Medical and sanitary report of the native army of Bengal for the year
Year: 1878
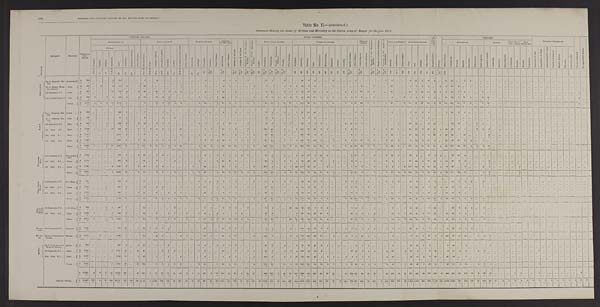
MEDICAL AND SANITARY REPORT OT THE NATIVE ARMY OF BENGAL.
Table No. II.— (continued.)
Statement showing the causes of Sickness and Mortality in the Native Army of Bengal for the year 1878.
D I V I S I O N
REGMENT.
STATIONS.
Admissions
f i n d
Deaths.
GENERAL DISEASES.
LOCAL DISEASES.
C O N D I -
T I O N S , & C .
P o i s o n s .
I N J U R I E S .
SURGICAL OPERATIONS.
N o t y e t d i a g n o s e d .
N o a p p r e c i a b l e d i s e a s e .
SUB-DIVISION A.
SUB-DIVISION B.
NERVOUS SYSTEM.
DISEASES
OF THE EYE.
D i s e a s e s o f t h e E a r .
D i s e a s e s o f t h e N o s e .
D i s e a s e s o f t h e C i r c u l a t o r y
S y s t e m . D i s e a s e s o f t h e A b s o r b e n t
Syst em.
RESPIRUTORYS Y S T E M .
DIGESTIVE SYSTEM.
URINARY
SYSTEM.
D i s e a s e s o f t h e G e n e r a t i v eS
y s t e m .
D i s e a s e s o f t h e M a l e M a m m i l i a D i s e a s e s o f t h e o r g a n s o f
L o c o mo t i o n .
CELLULAR T R S S U E .
CUTANEOUS SYSTEM.
ACCIDENTAL.
BATTLE.
J U D I - C I A L .
H O M I -
CIDAL.
S E L F -
INFLICTED
F E V E R S .
M a l i g n a n t C h o l e r a .
O t h e r D i s e a s e s .
R h e u m a t i s m s .
G o u t .
P r i m a r y S y p h i l i s .
S e c o n d a r y S y p h i l i s .
S c r o f u l a .
S c u r v y .
A n æ m i a , G e n e r a l D r o p s y
O t h e r D i s e a s e s .
S u n s t r o k e .
E p i l e p s y .
N e u r a l g i a .
I n s a n i t y .
O t h e r D i s e a s e s .
O p h t h a l m i a .
O t h e r D i s e a s e s .
G o i t r e .
B r o n c h i t i s .
P n e u m o n i a .
C h r o n i c P n e u m o n i a ,
P h t h i s i s .
P l e u r i s y
O t h e r D i s e a s e s .
D y s p e p s i a .
D y s e n t e r y .
D i a r r h œ a .
C o l i c .
C o n s t i p a t i o n .
H æ m o r r h o i d e s .
H e p a t i t i s .
A b s c e s s .
J a u n d i c e .
S p l e e n D i s e a s e s .
O t h e r D i s e a s e s .
G o n o r r h æ a , & c .
O t h e r D i s e a s e s .
A b s c e s s .
G u i n e a w o r m . O t h e r D i s e a s e s .
U l c e r .
B o i l .
Scabi es.
O t h e r D i s e a s e s .
G e n e r a l D e b i l i t y .
B l i s t e r o f F e e t . Co n t u s i o n s .
W o u n d s .
S p r a i n s .
F r a c t u r e s .
D i s l o c a t i o n s .
Ot h e r I Nj u r i e s . G u n s h o t w o u n d s .
C o n t u s i o n s .
F r a c t u r e s . Ot h e r I n j u r i e s . Co n t u s i o n s . Wounds . Wo u n d s . . Co n t u s i o n s .
E x t r a c t i o n s o f b a l l .
A m p u t a t i o n o f t h i g h . A m p u t a t i o n o f t h e f i n g e r R e m o v a l o f t u m o u r .
H e p a t i c a b s c e s s .
P h y mo s i s .
C y s t o f e y e - l i d .
E r u p t i v e .
T y p h u s .
E n t e r i c .
C o n t i n u e d .
A g u e .
R e m i t t e n t .
1 t o 5
7
9
1 1 & 1 2
1 5
1 6
1 8
3 4 t o 3 8
3 9 & 4 0
4 3 a
4 3 b
4 9 - 1
5 4
5 5 & 5 7
6 6
9 3 1 0 1
1 0 5 t o 1 1 0
1 1 1 t o 1 1 8
1 8 6 t o 2 0 5
2 0 6 t o 2 1 8
2 1 9 t o 2 6 8
2 6 9 t o 2 7 8
2 8 0
3 0 5 & 3 0 6
3 1 5 t o 3 1 8
3 2 5 & 3 2 6
3 3 1 & 3 3 2
4 6 0
4 6 6
4 8 4
4 8 6
4 8 7 4 9 1
5 0 1 5 0 2
5 1 3
5 2 1 t o 5 2 9
5 8 5 t o 5 9 4
6 0 2 t o 6 2 9
7 5 1 t o 7 5 4
7 5 5 t o 8 1 7 8 1 9
8 2 5 . 5
826
8 5 9
8 6 1 894 9 0 1
9 0 5 9 6 t o 9 9 1
1148
A B B O T T A B A D .
No. 2 Mountain Bat-
tery.
Abbottabad A
284
. . .
. . .
. . .
9
110 ...
. . .
...
5
. . .
4
...
...
...
...
...
...
...
1
. . .
. . .
4
1
1
. . .
1 ...
. . .
10
1
. . .
6
. . .
...
25
3
4 ...
...
2
. . .
. . .
...
1 . . .
. . .
. . . . . .
1 7
. . .
. . .
8
13
4
6
2 ...
1 1 41 ...
1
2
. . .
. . .
. . . . . .
. . .
...
. . .
...
...
...
. . .
...
...
. . .
. . .
...
. . .
... ...
D
1
. . .
. . .
. . . 1
. . . . . .
. . .
. . .
. . .
. . .
. . . . . .
. . .
. . .
. . .
. . . ...
. . .
. . .
. . .
. . .
. . . ...
...
. . . ...
...
...
...
. . . ...
.... ...
...
. . .
. . .
. . .
. . .
. . .
. . .
. . .
. . .
. . .
. . . . . .
. . .
. . . . . .
. . . . . .
. . .
. . .
...
. . .
...
. . .
. . .
. . . ... ...
. . . ...
. . . ... ...
. . . . . . ...
...
. . .
. . .
... ...
. . . ... ...
. . .
. . .
...
... ... ...
No. 4 Hazara Moun-
tain Battery.
Ditto . . .
A
322 ...
2
. . .
2
115
3
. . .
1 26
. . . ...
. . .
. . .
. . .
1 ...
. . .
. . .
2
. . .
. . .
6
2
. . .
. . .
. . . 2
...
7
. . . . . .
1
5
1 46
7
8
. . .
. . .
1
. . .
. . .
. . .
. . . 2
. . .
1 ...
...
17 ...
. . . 1
2
5
4 ...
9
2
38
2 ...
1
. . .
. . .
. . . . . .
. . . ...
. . . ... ...
... ... ... ...
. . .
. . .
...
. . .
... ...
D
0
. . .
. . .
. . . ...
...
. . . ...
. . .
. . .
. . .
. . . ...
. . . ...
. . . ...
...
. . .
. . .
. . . ... ...
. . .
. . .
. . .
. . . ... ...
. . .
. . . ...
. . .
. . . ...
. . .
. . .
. . .
. . .
. . .
. . .
. . .
. . .
. . .
. . . ...
...
. . .
. . .
. . .
. . .
. . .
...
...
. . .
...
. . .
. . .
. . . ... ...
. . . ...
. . . ...
...
...
. . . ...
...
...
. . .
... ...
. . .
. . . ...
. . .
... ...
. . . ... ...
6th Regiment, P.I. ... Ditto
. . . A
671
. . .
. . .
. . . 10
316
4
. . .
2
28 ...
10
1
2
2
3 ...
. . .
. . .
6
. . . 4
15
. . .
4
. . .
. . . ... ...
9
11
. . .
2
11
4
34
16
14
. . .
1
. . .
. . .
1
6
8 13
3
3
. . . . . .
21
. . .
. . . 20
6
18
10
4
1
9
28
7
3 ...
...
1
. . .
. . . ...
...
. . . ... ...
...
. . .
. . .
...
. . .
... ...
. . . 1
...
D
7
. . .
. . .
. . .
. . .
1
1 ...
. .
. . .
. . .
1
. . .
. . .
. . .
. . .
. . .
. . .
. . .
. . . ...
...
...
. . . ...
...
. . . ...
...
. . .
3
. . .
. . .
. . .
. . .
1
. . .
. . . ...
. . .
. . .
. . . ...
. . . . . . . . .
. . .
. . .
...
. . .
. . .
. . . ...
...
. . . ...
. . .
. . .
. . . ... ...
. . . . . .
. . .
. . .
. . .
. . .
. . . ...
...
. . . ... ... ...
. . . ... ...
. . .
...
... ... ... ...
1 5th Goorkha Regiment Ditto ... A
943
2 ...
2
4
474
4
. . .
4
20 ...
15
8
8 ...
. . . ...
. . .
2
1 ...
1
66
. . .
1
. . .
. . . 1
...
9
8
1
5
4
2
45
28
11
1
1
5
. . .
1
3 6
9 ...
1
. . .
.
4 . . .
6
2
5
3
6
1 ...
83
34
1 13
3
. . . 6
22 . . .
...
...
. . .
. . . ... ...
. . .
. . .
...
. . .
... ...
. . .
1
...
D
9 ...
. . .
...
. . .
. . .
. . .
. . .
1
. . .
. . .
. . . . . .
2
. . .
. . .
. . .
. . .
. . .
. . . 1
. . .
. . . ...
...
. . .
. . .
...
...
. . .
. . .
1
. . .
. . .
. . .
1
. . . . . .
. . .
. . .
. . .
. . .
. . .
. . . . . .
. . .
. . .
. . . ...
. . .
. . .
. . .
. . .
...
. . .
...
. . .
. . .
. . . ... ...
. . .
. . . ...
. . .
. . .
2
. . . ...
...
. . .
. . .
... ...
. . . ... ...
. . .
... ...
. . .
...
...
TOTAL ... A
2 , 2 2 0
2 2
2
25 1,015
11
. . .
7
79
. . . 29
9
10
2
4 ...
...
2
10 ...
5
91
3
6
. . .
1
3 ...
35
20
1
14 20
7 150
54
37
1
2
8
. . .
2
8 15
2 4
3
5
. . . 1
49
. . . 6
31
2 6
30
26
7 10 105 141
10
17
6 ...
7
2 2 . . . ...
...
. . .
. . .
... ...
. . .
. . .
...
. . .
... ...
. . .
2
...
D
17 . . .
. . .
. . .
1
1
1
. . .
1
. . .
. . .
1
. . .
2
. . .
. . .
. . .
. . .
. . . ... ...
1
. . .
. . .
. . .
. . .
. . . ......
. . . 3
1
1
. . .
. . .
2
. . .
. . .
. . .
. . .
. . .
. . .
. . .
. . .
. . . ...
. . .
. . .
. . .
. . . . . .
. . .
. . . . . .
. . . ...
. . .
. . . ... ... ...
. . .
. . .
. . .
. . .
. . .
2
. . . ...
...
. . .
. . . ...
...
. . .
. . .
...
. . .
... ...
. .
...
...
K O H A T .
No. 1 Mountain Bat-
tery.
Kohat ... A
624 . . .
. . .
... ...
382
1 ...
. . .
1 1
. . .
. . .
1
. . .
. . .
. . .
. . .
. . .
1
1
. . .
. . .
6
. . .
3
. . .
1
...
. . .
3
3
. . .
1
. . .
1
51
10
30
. . .
. . .
. . .
. . .
. . .
. . .
1
2
. . .
...
. . .
. . .
5
. . .
...
5
11
2
1
. . .
. . .
1
81
3
5
. . .
. . .
. . .
1
. . . ...
...
. . .
. . .
... ...
. . .
. . .
...
. . .
... ...
. . .
...
...
D
4
. . .
. . . ...
...
. . .
. . .
. . . ...
. . .
. . . . . .
. . .
. . .
. . .
. . . ...
...
. . . . . .
. . .
. . .
. . .
. . . ...
. . .
...
......
. . .
4
. . .
. . .
. . . . . .
. . .
. . .
. . .
. . .
. . . ...
. . .
. . .
. . .
. . .
. . .
. . .
. . .
. . . ...
...
...
...
...
. . .
...
. . . . . .
. . .
...
...
...
. . .
. . .
. . .
. . .
. . . . . . ...
...
...
. . . ...
...
. . . ...
...
...
...
...
. . .
...
...
No. 5 Garrison Bat-
tery.
Ditto
. . . A
137
. . .
. . .
. . . ...
91
1
. . .
. . .
9
. . .
. . .
1
. . .
1
. . .
. . .
. . .
. . .
1
. . .
. . . ...
. . . ...
...
. . .
......
8
1
. . .
. . .
. . .
. . .
5
2
3
. . .
. . .
. . .
. . . ...
...
2
1
. . .
. . .
. . . . . .
. . .
. . . ...
1
4
1
5
. . .
. . . ...
...
...
. . . ...
...
...
...
...
...
...
. . .
. . .
...
...
. . .
. . .
...
. . .
... ...
. . .
...
...
D
. . .
. . .
. . .
. . . ...
. . . 1 . . .
. . .
. . .
. . .
. . . . . .
...
...
. . .
. . .
. . .
. . .
. . .
. . .
. . .
. . . . . .
. . .
. . .
. . . ...
. . .
2
. . . ...
. . .
. . .
. . .
. . .
. . . ...
. . .
. . .
. . .
. . .
. . .
. . .
. . . ...
...
...
...
...
...
...
...
...
. . .
...
. . . ...
. . .
... ...
. . .
. . .
. . .
. . .
. . .
. . .
. . . ...
...
. . . ... ... ...
...
. . .
...
... ... ...
. . .
...
....
5th Regiment, P. C.... Ditto ... A
858 ...
...
1 ...
553
6
. . .
2
14 ...
6
5
1
. . .
. . .
. . .
. . .
1
1
. . .
1
6
2
2
. . .
2 ... ...
6
8 ...
1
2
. . .
55
4
5
2
. . .
. . .
. . .
2
20 4
1
. . .
. . .
. . .
. . .
. . .
1
. . . 39
24
... 3
14
. . .
...
54
8 ...
. . . 1
1
. . .
. . . ...
...
. . .
. . .
... ...
. . .
. . .
...
. . .
... ...
. . .
...
...
D
5
. . .
. . .
1 ...
1
1
. . .
. . . ...
...
...
. . . ...
...
. . .
. . . . . .
. . .
. . .
. . . ...
. . .
. . .
. . .
. . .
. . .
... ...
. . .
1
. . .
. . .
. . .
. . .
. . .
. . .
. . . ...
...
. . .
. . . . . .
. . . . . . . . .
. . . . . .
. . .
. . .
. . .
. . .
. . . ...
. . . ...
. . .
. . . ... ...
. . . ...
. . . ...
1
. . .
. . .
. . . ...
...
. . .
. . .
... ...
...
. . .
...
. . . ... ...
. . .
... ...
1st ditto S. I... Ditto
. . . A 1,546
1
. . .
. . .
10
840
30
. . .
3
31
2
10
3
1
. . .
1 8
. . .
. . .
. . .
7
1
. . . 11
7
6
. . .
2 ...
...
102
45 ...
5
. . . 6 204 19 14
3
2 ...
...
1
6
6
. . .
. . .
3
. . .
5
1 0
1
. . . 22
22
3
14
11
1
14
25
5
1
. . .
2
2
9 ...
...
...
. . .
... ...
...
. . .
...
...
. . . ... ...
. . .
...
...
D
4 5
. . .
. . .
. . . ...
2
5
. . .
2
1
. . .
. . .
. . .
1
. . .
. . .
...
...
...
. . . ...
...
. . .
. . .
. . .
. . .
1 ... ...
2
2 2
. . .
1
. . . ...
6
1
. . .
. . .
. . .
. . . ...
. . . ...
...
. . .
. . .
. . .
. . .
. . .
. . .
. . .
. . . ...
. . .
...
. . . . . .
. . . ... ...
. . .
. . .
. . . ...
. . . 1
. . . ...
...
...
...
... ...
. . .
. . . ...
. . .
... ...
. . . ...
...
2nd ditto P. I. ... Ditto ... A 1.601
. . .
. . .
...
... 1,047 4
. . .
1
20
. . .
5
. . .
. . . . . .
1
. . . ...
1
2
. . .
. . .
1 3
. . .
2
. . .
1
2 ...
52
39
. . .
2 ...
. . .
133
46
6
9
. . .
. . . ...
...
8 7
1
. . .
2 ...
2
22
...
. . .
43
15
1
4
13
1
55
23 ...
10 ...
. . .
. . .
8
. . . ...
...
. . .
. . .
... ...
. . .
. . . ...
. . . ...
...
. . . ... ...
D
2 1
. . .
. . .
. . . ...
3 ...
. . .
. . .
. . .
. . .
. . . . . .
. . .
. . .
. . .
. . .
. . .
. . .
. . .
. . .
. . .
. . .
. . .
. . . ...
...
...
...
2
1 1
. . .
. . .
. . .
. . .
2
. . .
. . .
. . .
. . .
. . . ...
. . .
. . . . . .
. . .
. . .
. . .
. . .
. . .
. . .
. . .
. . . ...
. . .
...
. . .
. . .
. . . ... ...
. . .
. . .
. . . ...
. . .
. . .
. . . ...
...
. . . ... ... ...
. . .
. . .
...
. . . ... ...
...
... ...
5th ditto
P. I.
Ditto
. . A 1.886
. . .
. . .
. . .
... 1,327
8
. . .
1
19
. . . 6
1
1
2
. . .
. . . ...
. . .
3
2
2
10
4
2
1
1 1
...
67
19 ...
3
3
4 158
28
24
5 ...
1
. . .
6
8 14
15
1
1
. . .
2
1 2
4
. . . 5
12
3
12
3
. . . 25
28
20
9
2 ...
1
. . .
. . . ...
. . .
. . . ...
. . . ...
. . . ...
...
... ... ...
. . .
...
...
D
13 . . .
. . .
...
...
. . .
. . .
. . .
. . .
. . .
. . .
. . .
. . .
. . .
. . .
. . .
. . .
. . .
. . .
. . .
. . .
. . .
. . . . . .
. . .
. . .
. . .
... ...
1
7
. . .
. . .
. . .
. . .
3
1
. . .
. . .
. . .
. . .
. . . . . .
. . . . . .
. . .
. . .
. . .
. . . . . .
. . . ...
...
...
. . .
...
. . .
. . .
. . . ... ...
. . .
. . .
. . .
. . .
. . .
. . .
. . . ...
...
. . .
. . .
. . .
...
. . .
. . .
...
. . .
... ...
. . . ... ...
TOTAL ... A 6,652
1
. . .
1
10 4,240 50 . . .
7 104
2
27
11
3
3
19
. . .
. . .
3 15
3
3
46 13
15
1
7
3
. . . 238 115 ...
12
5 11 606 109
82
19
2
1
. . .
9
42 34
20
1
6
. . . 9
49
6 ...
115
88
10 39
41
2
95 211
36
25
2
3
4 18
. . . ...
...
. . .
. . .
. . .
...
. . .
. . .
...
. . .
...
...
. . . ... ...
D
91
4
. . . 1
...
6
7
. . .
2
1
. . .
. . .
. . .
1
. . .
. . .
. . .
. . .
. . .
. . .
. . .
. . .
. . .
. . .
. . .
. . .
2 ... ...
7
4 5
. . .
1
. . .
. . .
1 1
2
. . .
. . .
. . .
. . .
. . . ...
. . . . . .
. . .
. . .
. . . . . .
...
. . .
. . .
...
. . . ...
...
. . .
. . .
. . . ... ...
. . .
. . .
. . .
1
. . .
4
. . . ...
...
. . .
. . .
. . . ...
. . .
. . .
...
. . .
... ...
. . . ... ...
E D W A R D E S -
A B A D .
3rd Regiment, P. C. ... Ed wa rdes-
abad
A 1,06 4 . . .
. . .
. . . ...
725
2 ...
2
23
. . .
1
4
. . .
. . .
. . .
. . .
...
...
9 ...
1
7
1
7
2
1 ......
10
3 ...
1
. . .
2
14
15
7
14
2 ...
. . .
...
5 10
1
. . .
4
. . .
3
15
2 ...
6 3 2
...
6
8
3 ...
70
14
4
. . .
. . .
1
. . .
. . . ...
...
. . .
. . .
. . .
...
. . .
. . .
...
...
...
...
...
... ...
D
2 ...
. . .... ...
...
...
...
...
. . .
. . .
. . .
. . .
. . . ...
...
. . . ...
. . . ...
...
...
...
...
...
...
...
... ...
. . .
1
. . .
. . . ...
...
...
. . .
. . .
. . .
. . . ...
...
....
1
. . .
. . .
. . .
. . .
. . . ...
...
...
...
...
. . . ...
. . .
. . .
. . . ... ...
. . .
. . . ... ...
. . .
. . .
. . . ... ...
. . .
. . .
. . .
...
. . .
. . . ...
...
...
...
. . . . . . ...
3rd ditto S. I.... Ditto ... A 1,171
. . .
... ...
...
832
2
. . .
. . . 2
...
1
. . .
. . . 3
. . .
. . .
. . .
1
1
. . .
1
11
6
1 . . .
. . . ... ...
30
9
. . .
1
1
1
58
28
20
3 ...
1
. . .
. . .
4
9
. . .
. . .
1
. . .
2
3
1
. . . 17
20
1
10
14
1
10
32
2
4 ...
...
1
2 . . .
...
. . .
. . .
...
. . .
...
...
. . .
...
. . . ...
...
. . . ...
...
D
9
. . .
. . .
. . .
...
2
. . .
. . .
. . .
. . .
. . .
. . . ...
...
...
. . .
. . .
. . .
. . .
. . . ...
...
...
. . . ...
. . .
. . . ... ...
1
2
. . . ...
. . . ...
1
. . .
. . .
. . .
. . .
1
. . .
. . . ... ...
. . . ...
. . .
. . .
. . .
. . . ...
. . .
...
. . .
...
. . .
. . .
. . . ...
...
. . .
. . .
. .
. . .
. . .
2
. . . ...
...
. . .
. . .
. . .
...
. . .
. . . ...
. . .
... ...
. . . ... ...
4th ditto P. I.... Ditto
. . . A 1,746
. . .
. . . . . .
3 1,091
9
. . .
1
48
. . .
3
4
. . .
. . .
. . .
. . .
1
. . .
1 9
. . .
. . . 10
1
9
. . .
. . .
2
. . . 103
6 ...
2
2
10 112
29
21 ...
3
. . .
. . .
. . .
7 8
2 ...
2
. . .
4
3
1
4 114 33
4
13
13
1
6
29 ...
7
. . .
. . .
3
1
. . . ...
...
...
2
. . .
...
. . .
. . . ...
. . .
... ...
. . .
. . . ...
D
8
. . .
. . .
. . .
. . .
. . . 1
. . .
. . .
. . .
. . .
. . .
. . . . . .
. . .
. . .
. . . . . .
. . .
. . .
. . .
. . . . . .
. . .
. . .
. . .
. . .
......
1
2
. . .
. . .
. . .
. . .
1
. . .
. . .
. . .
. . .
...
. . .
. . .
. . . 1 ...
. . .
. . .
. . . ...
. . .
. . .
. . . ...
. . .
...
. . .
. . .
. . . ...
...
. . . ...
. . .
. . . ...
. . .
. . . ...
...
. . . 2
. . .
...
. . .
. . . ...
. . . ...
...
. . .
. . . ...
TOTAL
. . . A 3,981
. . .
. . . ...
3 2,648
13
. . .
3
97 ...
5
8 ...
3
. . .
. . .
1
1
29 ...
2 28
8
17
2
1
2 ...
143
18
. . .
4
3
13 184 72
48
17
5
1
. . .
. . . 16 27
3 ...
7
. . .
9 21
4
4 194 55
5
29 35
5
16 131
16 15
. . . ...
5
3
. . . ...
...
...
2
. . .
...
. . . ...
...
. . . ... ...
. . . ... ...
D
1 9
. . . . . .
. . . ...
2
1
. . .
. . .
. . .
. . .
. . .
. . .
. . .
. . .
. . .
. . .
. . .
. . .
. . .
. . .
. . .
. . .
. . .
. . .
. . .
. . . ......
2
5 ...
. . .
. . .
. . .
2
. . .
. . .
. . .
. . .
1
. . .
. . .
1 1 ...
. . .
. . .
. . .
. . .
. . . .
. . .
. . . . . . .
. . . . . . .
. . .
. . .
. . . . . .
...
. . .
. . .
. . .
. . .
. . .
2
. . . ...
...
. . .
2
. . .
...
. . .
. . . ...
. . . ... ...
. . . ... ...
D E R A I S M A I L
K H A N .
4th Regiment, P.C.... D.-I.-Khan
A
551 ...
. . .
. . . ...
355
6
. . .
. . .
1 2
. . .
. . .
. . .
. . .
. . .
. . .
. . .
...
1
1
. . .
1
7
1
5
. . .
...
2
. . .
11
4
. . .
2
3
. . .
30
10
11
1
. . .
. . .
...
2
6 4 ...
1
. . .
. . .
1
7
2
...
14
3 ...
5
1
. . . ...
34
1
2
3
. . .
2
. . .
...
. . .
...
...
. . .
. . .
...
...
...
...
. . . ... ...
. . . ... ...
D
6
. . . . . .
. . . ...
1
. . .
. . .
. . .
. . .
. . . . . .
. . . ...
...
...
. . .
. . .
. . .
. . .
. . .
1
. . .
. . .
. . . . . .
. . .
... . . .
. . .
. . .
. . . ...
. . . . . .
1
. . .
. . .
. . .
. . .
. . .
. . .
. . .
. . . 2
. . .
. . .
. . .
. . .
. . .
...
...
. . .
...
. . . ...
...
...
...
. . .
...
. . .
. . . ...
. . .
1
. . .
. . . ...
...
...
. . .
. . .
...
...
...
...
. . . ...
...
. . . ... ...
3rd ditto P. I.
Ditto ... A 1,362 ...
. . . 1
...
938
5 ...
. . . 38
. . .
4
3
. . .
. . .
2
2
. . .
1
10
. . .
1
6
1
5
. . .
1
......
58
13
. . .
2
. . . 4
61
14
20
1
. . .
. . . ...
3
12 10
7
4
1 ...
. . . 17 ...
. . . 22
25
2
7
18
1
25
12
1
3 ...
. . .
1
. . .
. . . ...
...
. . .
. . .
. . .
...
...
...
...
. . . ... ...
...
... ...
D
16
. . .
. . .
. . . ...
1
2
. . .
. . .
. . .
. . . ...
1
. . .
. . .
. . .
. . .
. . . ...
...
. . .
1
. . . ...
...
...
. . . ... ...
2
6
. . . ...
...
...
1
. . .
. . .
. . .
. . .
. . .
. . .
. . .
. . . . . .
. . .
. . .
. . .
. . .
. . .
. . .
. . .
. . .
...
. . .
...
. . .
1
. . . ... ...
. . .
. . .
. . .
. . .
. . . . . .
. . . ...
...
. . .
. . .
. . . ...
...
. . .
. . .
. . . ... ...
. . . ... ...
4th ditto S. I. ... Ditt
. . . A 1,352 ...
...
...
...
905
7 ...
1
45 ...
2
. . .
2
4
1
. . .
. . .
. . . 12
1 ...
7
1
1
. . .
. . .
... ...
52
12
. . .
4
. . .
6
89
12
17
4
3
. . .
...
1
10 9
2
2
3
. . .
1
3 8
1
. . . 27
13
2
13
12 ...
13
10
3
4 ...
. . .
...
. . .
...
. . .
. . .
. . .
. . . . . .
. . . ...
... ...
. . . ...
. . . ...
...
...
D
18
. . .
. . .
. . . ...
2
1
. . .
. . .
. . .
. . . ...
...
. . .
. . .
. . . ...
. . .
. . .
. . .
. . .
. . .
. . . ...
...
. . .
. . .
... ...
1
4
. . .
1
. . .
. . .
7
. . .
. . .
. . . ...
...
. . .
. . . . . .
. . . . . .
1
. . .
. . .
. . .
. . .
. . .
. . .
... ...
...
. . .
1
. . . ... ...
. . .
. . .
. . .
. . .
. . . ...
...
...
...
. . .
. . .
. . .
. . . . . .
. . . ...
. . .
...
...
. . . ...
. . .
TOTAL ...
A 3,265
. . . . . .
1
...
2,198
1 8 ...
1
95
. . . 6
3
2
4
3
2
. . .
2
23
1
2
20
3
1 1 ...
1 2
. . .
121
29
. . .
8
3
10 180
36
48
6
3
. . .
...
6 28 23
9
7
4
. . .
2
62
3
. . . 63
41
4
25
31
1
38
56
5
9
3 ...
3
. . .
...
. . .
...
. . . . . .
. . .
... ...
. . . ...
. . . ...
...
. . .
. . .
. . .
D
4 0 ...
1 ...
4
3 ...
. . .
. . .
. . .
. . .
1
. . . . . .
. . .
. . .
. . .
. . .
. . .
. . .
2 ...
...
. . .
. . .
. . .
...
. . . 3
1 0
. . .
1
. . .
. . . 9
. . .
. . .
. . .
. . .
. . .
. . .
. . .
. . . 2
. . .
1
. . .
. . .
. . .
. . .
. . .
. . .
... . . .
...
. . . 2
. . .
... ...
. . .
. . .
. . .
. . .
1
. . .
. . .
. . .
...
. . .
. . .
. . .
..
. . .
. . . ...
. . . ...
...
. . . . . .
. . .
D E R A
G H A Z I
K H A N .
1st Regiment, P. C....
D . - G . - K h a n A
784
. . .
. . .
1
1
447
3
. . .
. . .
1 4
. . .
. . .
. . .
...
2
. . .
. . .
. . .
. . .
5
1
. . .
6
2
7
. . .
3 ...
. . .
11
5 ...
. . .
20
24
46
20
5
5
2
. . .
...
. . .
8 10
3 ...
1
. . .
. . .
5
. . .
1
19
25
. . . 5
32
. . .
...
33
2
3
4
. . .
3
. . .
. . .
. . . ... ...
...
. . .
...
. . .
. . . ...
. . . ...
...
. . .
...
. . .
D
9
. . .
. . . 1
...
. . . 2 ...
. . .
. . . ...
...
...
. . . . . .
. . . . . .
. . .
. . . ...
. . .
. . . ...
...
. . .
. . .
. . .
...
. . .
. . .
3
. . .
. . .
. . . ...
2
1
. . .
. . .
. . .
. . .
. . .
. . . ... ...
. . .
. . .
. . .
. . .
. . .
. . .
. . .
. . .
...
. . . ...
. . . ...
. . . ... ...
. . .
. . .
. . .
. . . ...
...
. . . . . .
...
...
...
. . . ...
. . .
. . . ...
. . . ...
...
. . . ...
. . .
2nd ditto S. I. ... Ditto ... A 1,529
1
. . . ...
7
846
4 . . .
. . . 84 ...
2
. . .
1 1
. . . 1
. . .
1
8
. . . 3
9 ...
7
2
. . .
...
. . . 81
9 ...
...
...
7 120
64
28
10
2
. . . ...
. . . 24 8
6
1
3
. . .
. . .
14
5
1
25
40
2
10
30
. . . 32
23
3
3
. . .
. . .
1 ...
. . . . . .
...
. . . ...
. . .
...
. . .
. . . ...
. . . ...
...
. . . ...
. . .
D
20 ...
. . . ...
4
2
3
. . .
. . . . . .
. . . . . .
. . .
. . . . . .
. . .
. . .
. . .
. . .
. . .
. . .
1
. . .
. . .
. . .
. . .
. . .
...
. . .
4
2
. . .
. . .
. . .
2
. . .
. . .
. . .
. . .
. . .
. . .
. . .
. . .
. . . 1
. . . ...
1
. . .
. . .
. . . . . .
. . .
...
. . .
... . . .
. . . . . .
. . . ...
. . .
. . .
. .
. . .
. . .
. . .
. . . . . .
...
. . .
. . .
. . .
...
. . .
. . . ...
. . . ...
...
. . . ...
. . .
TOTAL
. . . A 2,313
1 ...
1
8 1,293
7
. . . . . .
98 ...
2
. . .
1
3
. . .
1
. . .
1
13
1
3
15
2
14
2
3 ...
...
92
14
. . .
. . . 20
31 166
84
33
15
4
. . . ...
...
32 18
9
1
4 ...
. . .
19
5
2
41
65
2
15
62 ...
32
56
5
6
4
. . .
4 . . .
. . . ...
...
. . .
. . .
. . .
...
...
. . . ...
. . . ...
...
. . . ...
. . .
D
2 9
. . .
. . .
1
2
5
. . . . . .
. . .
. . .
. . .
. . .
. . .
. . .
. . .
. . .
. . .
. . .
. . .
. . .
1
. . .
. . .
. . .
. . .
. . .
...
. . .
4
5 ...
. . .
. . .
2
2
1
. . .
. . .
. . .
. . .
. . .
. . .
. . . 1
. . .
. . .
1
. . .
. . . ...
. . .
. . .
...
. . . ...
. . . . . .
. . . ...
. . .
. . .
. . .
. . .
. . .
. . .
. .
. . .
. . . ...
. . .
. . .
. . .
...
. . .
. . . ...
. . . ...
...
. . . ...
. . .
RAJAN-
PUR.
2nd Regiment, P.C.... Rajanpur
A 1,257 ...
...
. . .
. . .
760
14 ...
1
35
1
2
3
1
. . .
. . .
...
...
. . .
13 ...
. . .
10
2
1
1
. . .
...
...
8
4
. . .
. . .
2
. . .
136
55
12
7
3
. . .
...
1
6 12
5
2
1 ...
1
7
1
. . .
2 0 44
1
5
7
. . .
3
63
2
4
1 ...
...
. . .
. . .
. . . ...
...
...
. . .
...
...
. . . ...
. . . ...
...
. . . ...
. . .
D
1 6
. . .
. . .
... ....
. . .
3
. . .
. . . ...
. . .
. . .
. . .
1
. . .
. . .
. . .
. . .
. . .
. . .
. . .
. . .
. . .
. . .
. . .
. . .
. . .
... ...
2
3 ...
. . .
. . .
. . .
5
2
. . .
. . . . . .
. . .
. . .
. . .
. . . ....
. . .
. . .
. . . . . .
. . . . . .
. . .
. . .
... ...
... ...
...
. . . ...
. . .
...
...
. . .
. . . ...
...
. . .
. . . ...
. . .
. . .
. . .
...
. . .
. . . ...
. . . ...
...
. . . ...
. . .
MARD-
AN.
Queen's Own Corps of
Guides.
Mardau
. . . A 2.700 ...
2 ...
...
1,488
6 . . .
. . . 99
. . .
4
1
. . .
...
4
1
. . .
. . .
18
1 ...
51
5
12
. . .
. . .
3 ...
156
1
. . .
...
1
8 175 128 36
11
. . .
7
. . .
5
1 8
12
1
1
. . .
...
2
. . .
. . .
8
97
7
36
6
1 132
81
47
22 ...
1
4
9
. . .
. . . ...
1
. . .
. .
...
...
. . . ...
. . . ... ...
. . .
. . .
. . .
D
9 ...
. . .
. . .
...
2
1
. . .
. . . ...
. . .
. . .
. . .
. . . . . .
. . .
. . .
. . .
.. .
. . .
. . .
. . .
. . .
. . .
. . .
. . .
. . . ... ...
1
. . .
. . .
. . .
. . .
. . .
2
1
. . .
. . .
. . .
. . .
. . . . . .
. . . ... ...
. . .
. . . ...
. . .
. . .
. . .
. . .
...
. . .
...
. . .
. . .
. . . ... ...
. . .
. . .
. . .
. . . ...
2
. . .
. . . ...
. . .
. . .
. . .
...
. . .
. . . ...
. . .
. . . ...
. . . ...
. . .
Q U R T T A .
No. 3 Peshawnr
Mountain Battery ...
Quetta ... A
989 ...
. . .
. . .
...
607
3 ...
2
30 ...
1
. . .
1
. . .
...
. . .
. . .
1
4
...
1
7
1
3
. . .
. . .
... ..
21
3
. . .
3
. . .
2
91
36 21
9
1
. . .
. . .
. . .
. . . 2
1
1
. . .
. . .
...
3
. . .
. . .
1 5 33
1
4
. . .
. . . .
8
69 ...
3
. . .
. . .
. . .
1
. . .
. . . ...
. . .
. . .
. . .
. . .
. . .
. . . ...
. . .
. . .
...
...
...
. . .
D
3
. . .
. . .
. . . ...
1
. . .
. . . . . .
. . .
...
. . .
. . . ...
...
. . .
. . . ...
. . .
. . .
. . .
. . . . . .
. . . . . .
. . .
. . .
... ...
. . .
1
. . .
. . .
. . .
. . .
1
. . .
. . .
. . .
. . .
. . .
. . .
. . .
. . . . . . . . . .
...
...
...
...
...
. . . ...
...
...
...
. . .
. . .
. . .
...
. . .
. . .
. . .
. . .
. . .
. . .
. . . ...
. . . ...
. . . ...
. . . ...
. . .
. . .
. . .
. . .
...
...
. . . ...
. . .
1st Regiment, P. I. ... Ditto ... A 1,651
. . . ...
. . . 1 1,257
72 ...
18
41 ...
. . .
3
2
9
. . . ...
. . .
1
6
. . .
. . . 12
. . .
7
. . . 1 1
...
5 5
7
. . .
4
2
4 136
84 14
2 ...
...
. . .
...
17 29
2
1
4
. . .
2
32
. . .
3
53
6 ...
9
22
. . . 4
11
2
5 ...
2
2
. . .
. . .
. . . ...
...
...
. . .
. . .
1
. . . ...
...
... ...
. . . ...
. . .
D
3 2
. . .
. . .
. . . 1
3
10 ...
1
. . .
. . . ...
. . .
1
. . .
. . . ...
...
. . .
. . .
. . .
. . .
. . .
. . .
. . . . . .
. . .
... ...
4
4
. . .
. . .
. . . ...
. . .
3
. . .
. . .
. . .
. . .
. . .
. . .
. . . . . .
. . .
. . .
. . .
. . .
. . .
. . .
. . .
1
...
. . . ...
. . .
. . .
. . . ...
. . .
. . . . . .
. . .
. . .
2
. . . . . .
. . . ...
. . .
. . . . . . ...
...
...
. . .
. . .
. . . ...
. . . ...
. . .
32nd ditto N.1.... Ditto . . . A 2,097 ...
...
. . . ... 1,349
15 ...
3
63
. . . 1
. . .
1
. . . 3
. . .
. . .
. . .
8
. . .
. . .
7 4
1
. . .
. . . 3
. . . 100
6 ...
3
1
19 132 161
29
1
5
. . .
. . .
2
4 7
1
1
. . .
. . .
2
10 ...
...
23
10
4
9
32
. . . 31
38 ...
7
. . .
. . .
. . .
. . .
. . .
. . .
. . .
. . . ...
. . .
. . .
. . .
. . . ...
. . .
. . . ...
. . .
. . .
. . .
D
23
...
...
. . . ...
4
. . .
. . .
. . .
1
. . . . . .
. . .
. . .
. . .
. . . ...
. . .
. . .
. . .
. . .
. . .
. . . ...
. . .
. . .
. . . ... ...
2
3
. . .
. . .
. . .
. . .
3
7
. . .
. . .
. . .
. . .
. . .
. . .
. . . . . . ...
...
. . . ...
. . .
. . .
. . .
. . .
...
. . .
...
. . .
3
. . .
... ...
. . .
. . .
. . .
. . .
. . .
. . .
. . .
. . . ...
...
...
. . . ...
. . .
. . . ...
...
. . . ...
. . . ...
. . .
TOTAL ... A 5,037
. . .
...
. . . 1 3,213
90
. . .
23 134
. . .
2
3
4
9
3
. . .
. . .
2
18 ...
1
26
5
1 1 ...
1
4 ...
176
16
. . . 10
3
25 359 281
64
12
6
1
. . .
2
21 38
4
3
4
. . .
4
45 ...
3
96
49
5
22
54
...
43 118
2
15 ...
2
2
1 ...
. . . ...
. . . ...
. . .
1
. . .
. . .
...
. . .
. . . ...
. . . ...
. . .
D
5 8
. . .
...
. . .
1
8
10 . . .
1
1
. . .
. . .
. . .
1
. . .
. . .
. . .
. . .
. . .
. . .
. . .
. . .
. . .
. . .
. . .
. . .
. . . ...
. . . 6
8
. . . ...
...
. . .
4
1 0
. . .
. . .
. . .
. . .
. . .
. . .
. . . ... ...
. . .
. . . . . .
. . .
. . .
. . . 1 ...
. . .
...
. . . . 5
. . .
... ...
. . .
. . . . . .
. . .
2
. . .
. . .
. . . ...
. . .
. . .
. . .
...
. . .
. . . ...
. . .
. . . ...
. . . ...
. . .
A 27,425
4
4
5
47 10,855 209 ...
42 741
3
77
38
21
24
33
4
1
11 139
6
16 287
41
87
6
14
17
. . .
969 217
1
48 57 105 1,956 819 360
88
25
18 ...
25 154 175
86
18
32 ...
26 254
19
15 571 465
64 197 243
19 464 857 123 113 16
6
29
53 ...
. . .
. . .
1
2
. . . ...
1
. . . ...
...
...
...
. . .
2
. . .
D
2 7 9
. . .
. . .
3 6
25
31 ...
4
2
. . . 1
1
5
. . .
. . . ...
. . .
. . .
. . .
. . .
4
. . .
. . .
. . .
. . .
2
...
. . .
2 5 79
1
3
. . . 2 37
16 ...
...
...
1
. . .
. . .
1
4
. . .
1
1
. . .
. . .
. . .
. . .
1
...
. . . ...
. . . 7
...
...
...
. . .
...
...
1
3
1 0 ...
...
. . . ...
2
. . .
...
... ...
. . .
. . .
. . . ...
. . .
. . . . . .
GRAND TOTAL ...
A 99,453 193
4
19 605 55,770 778 169 180 2,18
9 1,076 304 174
95 297
22
13
25 447
33 95 1,451 211 353
17
76 157
87 2,949 803 19 242 357 614 6,976 2,879 841 195 121
77
3 140 759 731 824
90 247
3 153 893 273
83 1,453 1,906 464 924 1,123 110 3,089 2,989 767 474 108
28 178 107 11
2
1
4
2
8
2
1
2
1
2
1
1
1
18 17
D 1,166
11 ...
9
7
181
91
9 0
8
7
. . .
5
9
4 8
4
7 . . .
3
. . .
. . .
2
2 4
. . .
. . .
1
1
12
...
...
61 230
5
9
4
3
1 1 8
5 8
3 ...
...
4
3
4
36
2 0
1
8
1
. . .
3
. . .
. . .
1 1
. . .
...
. . .
3 0
8
... 2
4
. . .
2
1
3
1 5
. . .
...
...
. . .
2 1 ...
. . .
1 ...
. . .
...
. . .
. . .
1
...
194